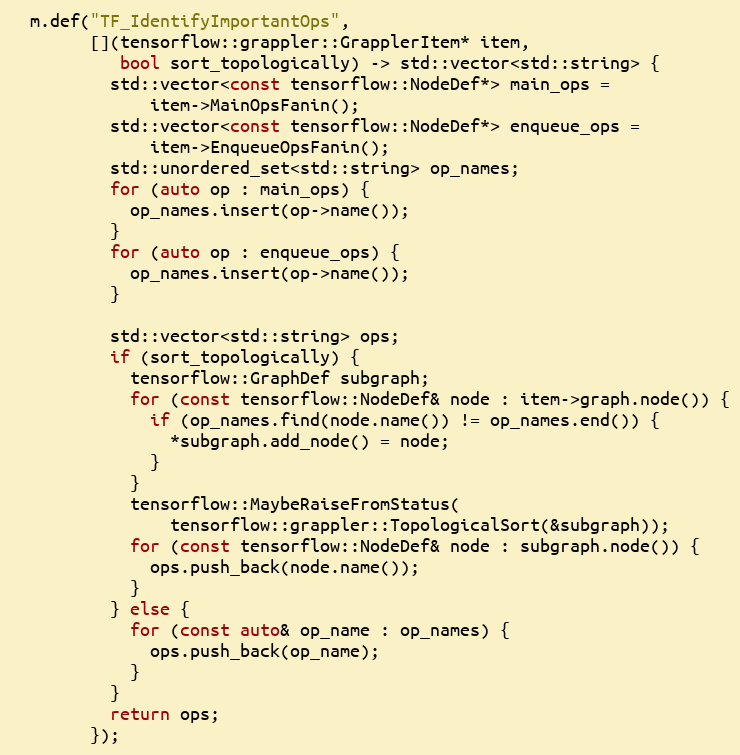
Language: C++
  m.def("TF_IdentifyImportantOps",
        [](tensorflow::grappler::GrapplerItem* item,
           bool sort_topologically) -> std::vector<std::string> {
          std::vector<const tensorflow::NodeDef*> main_ops =
              item->MainOpsFanin();
          std::vector<const tensorflow::NodeDef*> enqueue_ops =
              item->EnqueueOpsFanin();
          std::unordered_set<std::string> op_names;
          for (auto op : main_ops) {
            op_names.insert(op->name());
          }
          for (auto op : enqueue_ops) {
            op_names.insert(op->name());
          }

          std::vector<std::string> ops;
          if (sort_topologically) {
            tensorflow::GraphDef subgraph;
            for (const tensorflow::NodeDef& node : item->graph.node()) {
              if (op_names.find(node.name()) != op_names.end()) {
                *subgraph.add_node() = node;
              }
            }
            tensorflow::MaybeRaiseFromStatus(
                tensorflow::grappler::TopologicalSort(&subgraph));
            for (const tensorflow::NodeDef& node : subgraph.node()) {
              ops.push_back(node.name());
            }
          } else {
            for (const auto& op_name : op_names) {
              ops.push_back(op_name);
            }
          }
          return ops;
        });